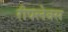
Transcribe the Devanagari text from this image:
रीफ्लेक्स